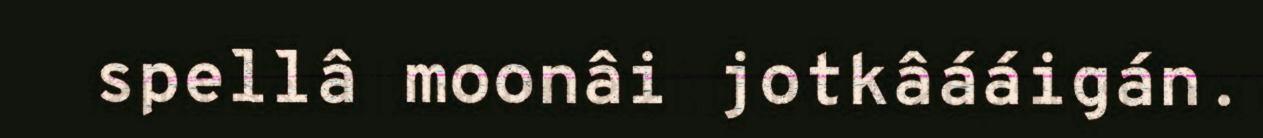
spellâ moonâi jotkâááigán.